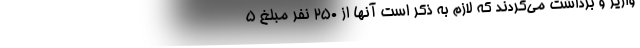
واریز و برداشت می‌کردند که لازم به ذکر است آنها از 250 نفر مبلغ 5